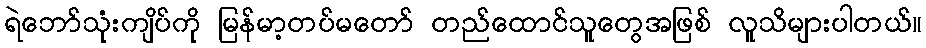
ရဲဘော်သုံးကျိပ်ကို မြန်မာ့တပ်မတော် တည်ထောင်သူတွေအဖြစ် လူသိများပါတယ်။